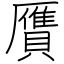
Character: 贋